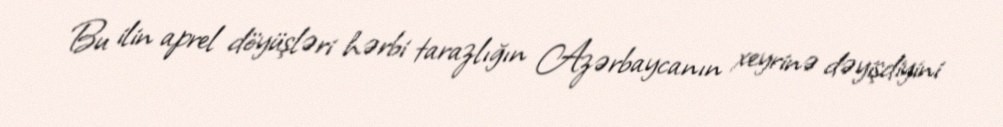
Bu ilin aprel döyüşləri hərbi tarazlığın Azərbaycanın xeyrinə dəyişdiyini